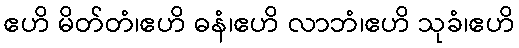
ဧဟိ မိတ်တံ၊ဧဟိ ဓနံ၊ဧဟိ လာဘံ၊ဧဟိ သုခံ၊ဧဟိ